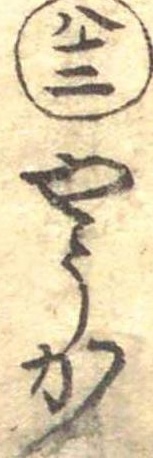
八十二やうか